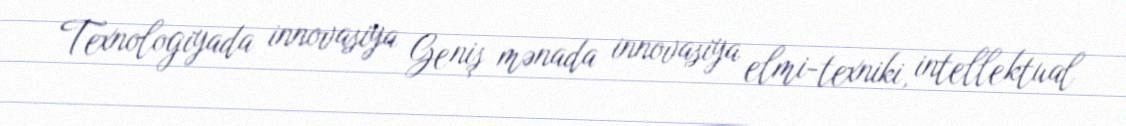
Texnologiyada innovasiya Geniş mənada innovasiya elmi-texniki, intellektual